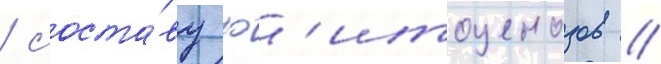
/ соста́ву ф'итоценозов //